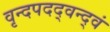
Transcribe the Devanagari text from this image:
वृन्दपदद्वन्द्वं